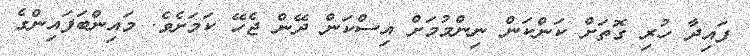
ފައިދާ ހުރި ގޮތަށް ކަންކަން ނިންމުމަށް އިސްކަން ދޭން ޖެހޭ ކަމަށެވެ. މައިންބަފައިންގެ